Vital statistics of India. Vol. IV, Annual returns from 1871 to 1876. British Army of India, Native Army and jails of Bengal
Year: 1871
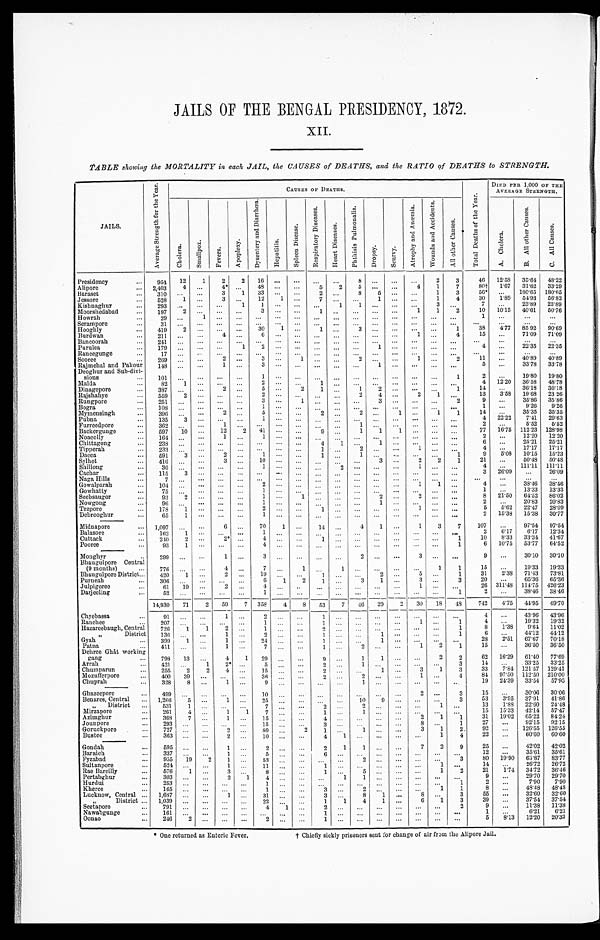
JAILS OF THE BENGAL PRESIDENCY, 1872.
XII.
TABLE showing the MORTALITY in each JAIL, the CAUSES of DEATHS, and the RATIO of DEATHS to STRENGTH.
JAILS.
A v e r a g e S t r e n g t h f o r t h e Y e a r .
CAUSES OF DEATHS.
T o t a l D e a t h s o f t h e y e a r .
DIED PER 1,000 OF THE
AVERAGE STRENGTH.
C h o l e r a .
S m a l l p o x .
F e v e r .
A p o p l e x y .
D y s e n t e r y a n d D i a r r h œ a .
H e p a t i t i s .
S p l e e n D i s e a s e .
R e s p i r a t o r y D i s e a s e s .
H e a r t D i s e a s e s .
P h t h i s i s P u l m o n a l i s .
D r o p s y .
S c u r v y .
A t r o p h y a n d A n æ m i a .
W o u n d s a n d A c c i d e n t s .
A l l o t h e r s C a u s e s .
A . C h o l e r a .
B . A l l O t h e r C a u s e s .
C . A l l C a u s e s .
Presidency . . .
954
12
1
2
2
1 6
. . .
. . . . . . . . .
8
. . .
. . .
. . . 2
3
46 12.58 35.64 48.22
Alipore . . .
2,403 4 . . .
4*
. . . 4 8
. . .
. . .
5
2
5
. . .
. . .
4
1
7
80† 1.67 31.62 33.29
Baraset . . .
310
. . .. . .
3
1
33
. . .
. . .
2 . . .
8
5
. . .
. . . 1
3
56*
. . . 180.65 180.65
Jessore . . .
528
1 . . .
3
. . .
12
1
. . .
7 . . .
. . . 1
. . .
. . . 1
4
30
1.89 54.93 56.82
Kishnaghur . . .
293 . . .
. . .
. . .
1
1
. . .
. . .
. . .
1
1
. . .
. . .
. . . 3
. . .
7
. . .
23.89 23.89
Moorshedabad . . .
197
2
. . .
. . .
. . .
3
. . .
. . .
1 . . .
. . .
. . .
. . .
1
1
2
10 10.15 40.61 50.76
Howrah . . .
29
. . . 1
. . .
. . .
. . .
. . .
. . .
. . .
. . .
. . .
. . . . . .
. . . . . .
. . .
1 . . .
. . .
. . .
Serampor . . .
31
. . . . . .
. . .
. . .
. . .
. . .
. . . . . . . . .
. . .
. . . . . .
. . .
. . .
. . .
. . .
. . .
. . .
. . .
Hooghly . . .
419
2 . . .
. . .
. . . 30
1
. . . 1
. . .
3
. . .
. . .
. . .
. . .
1
38
4 . 7 7 85 92 90.69
Burdwan . . .
211
. . . . . .
4
. . .
6
. . .
. . .
. . .
. . .
. . .
. . .
. . .
1
. . .
4
15
. . .
71.09 71.09
Bancoora . . .
2 4 1 . . . . . .
. . .
. . .
. . .
. . .
. . .
. . .
. . .
. . .
. . .
. . .
. . . . . .
. . .
. . .
. . .
. . .
. . .
Purulea . . .
1 7 9 . . . . . .
. . .
1
2
. . .
. . .
. . .
. . .
. . .
1
. . .
. . . . . .
. . .
4
. . .
22.35 22.35
Raneegunge . . .
17 . . . . . .
. . .
. . .
. . .
. . .
. . .
. . .
. . .
. . .
. . . . . .
. . . . . .
. . .
. . .
. . .
. . .
. . .
Sooree . . .
269 . . . . . .
2
. . .
3
. . . 1 . . .
. . .
2
. . .
. . .
1
. . .
2
11
. . .
40.89 40.89
Rajmehal and Pakour . . .
148
. . .
. . .
1
. . .
3
. . . . . .
. . .
. . .
. . .
1
. . .
. . . . . .
. . .
5 . . . 33.78 33.78
Deoghur and Sub-divi-
sion
1 0 1
. . . . . .
. . .
. . .
1
. . .
. . .
. . .
. . .
. . .
. . .
. . .
. . .
. . .
1
2
. . . 19.80 19.80
Malda . . .
8 2
1
. . .
. . .
. . .
2
. . .
. . .
1
. . .
. . .
. . .
. . .
. . . . . .
. . .
4 12.20 36.58 48.78
Dinagepore . . .
387
. . .
. . . 2
. . . 5
. . . 2
1
. . . 1
2
. . .
. . . . . . 1
14
. . .
36.18 36.18
Rajshahye . . .
559
2
. . .
. . .
. . .
2
. . .
. . .
. . .
. . . 2
4
. . . 2
1
. . .
13
3.58 19.68 23 26
Rungpore . . .
251
. . .
. . .
. . .
. . . 3
. . .
1
. . .
. . .
. . . 3
. . .
. . .
. . .
2
9
. . . 35.86 35.86
Bogr . . .
1 0 8
. . .
. . .
. . .
. . .
1
. . .
. . .
. . .
. . .
. . .
. . .
. . . . . .
. . .
. . .
1
. . .
9.26 9.26
Mymensingh . . .
396
. . .
. . .
2
. . . 5
. . .
. . .
2
. . .
2
. . . 1
. . . 1
1
14
. . .
35.35 35.35
Pubna . . .
135
3
. . .
. . .
. . . 1
. . .
. . .
. . .
. . .
. . .
. . . . . .
. . .
. . .
. . .
4 22.22
7.41 29.63
Furreedpore . . .
3 6 2
. . .
. . .
1
. . .
. . .
. . .
. . .
. . . . . .
1
. . .
. . .
. . . . . .
. . .
2
. . . 5.52
5.52
Backergunge . . .
597
10
. . .
12
2 41
. . .
. . .
9
. . .
1
. . .
. . .
. . . . . .. . .
77 16.75 112.23 128.98
Noacolly . . .
164
. . .
. . .
1
. . .
1
. . .
. . .
. . .
. . . . . .
. . .
. . .
. . .
. . . . . .
2
. . . 12.20 12.20
Chittagong . . .
238
. . .
. . .
. . .
. . .
. . .
. . .
. . .
4
1
. . .
1
. . .
. . .
. . .
. . .
6 . . . 25.21 25.21
Tipperah . . .
2 8 3
. . .
. . .
. . .
. . .
. . .
. . .
. . .
1
. . .
2
. . .
. . .
1 . . .. . .
4 . . . 17.17 17.17
Dacca . . .
591
3
. . .
2
. . . 1
. . .
. . .
1
. . .
1
. . .
. . .
. . . . . .
1
9
5.08 10.15 15.23
Sylhet . . .
416
. . .
. . .
3
. . . l0
. . .
. . .
. . .
. . .
. . . 3
. . .
2
2
1
21
. . . 50.48 50.48
Shillong . . .
36
. . .
. . .
. . . . . .
1
. . .
. . .
. . . 2
. . .
. . .
. . .
1
. . .
. . .
4
. . . 111.11 111.11
Cachar . . .
115
3
. . .
. . .
. . .
. . .
. . .
. . .
. . .
. . .
. . .
. . .
. . .
. . .
. . .
. . .
3
26. 09
. . . 26.09
Naga Hills . . .
7
. . .
. . .
. . .
. . .
. . .
. . .
. . .
. . . . . .
. . . . . .
. . .
. . .
. . .
. . .
. . .
. . .
. . .
. . .
Gowalparah . . .
1 0 4
. . .
. . .
. . .
. . .
2
. . .
. . .
. . .
. . .
. . .
. . .
. . .
1
1
. . .
4
. . . 38.46 38.46
Gowhatty . . .
7 5
. . .
. . .
. . .
. . . 1
. . .
. . .
. . .
. . . . . .
. . . . . .
. . . . . .
. . .
1
. . . 13.33 13.33
Seebsaugor . . .
93
2
. . .
. . .
. . .
1
. . . 1
. . .
. . .
. . .
2
. . .
2
. . .
. . .
8 21.50 64.52 86.02
Nowgong . . .
9 6
. . .
. . .
. . .
. . .
1
. . .
. . .
. . .
. . .
. . .
1 . . .
. . .
. . .
. . .
2
. . . 20.83 20.83
Tezpore . . .
178
1
. . .
. . .
. . . 2
. . .
. . . 1
. . .
. . . . . .
. . .
1
. . .
. . .
5
5.62 22.47 28.09
Debrooghur . . .
65
1
. . .
. . .
. . .
1
. . .
. . .
. . .
. . .
. . .
. . .
. . .
. . .
. . . . . .
2 15.38 15.33 30.77
Midnapore . . .
1,097
. . .
. . .
6
. . . 70
1
. . . 14
. . .
4
1
. . . 1
3
7
107
. . . 97.54 97.54
Balasore . . .
162
1
. . . . . .
. . .
1
. . .
. . .
. . .
. . .
. . .
. . .
. . .
. . .
. . .
. . .
2
6.17
6.17 12.34
Cuttack . . .
210
2
. . . 2*
. . .
4
. . .
. . .
1
. . .
. . .
. . .
. . .
. . .
. . .
1
10
8.33 33.34 41.67
Pooree . . .
93
1
. . .
. . .
. . .
4
. . .
. . . . . .
. . .
. . .
. . .
. . .
. . .
. . . 1
6 10.75 53.77 64.52
Moughyr . . .
2 9 9
. . .
. . . 1
. . .
3
. . .
. . . . . .
. . .
2
. . . . . .
3
. . .
. . .
9
. . . 30.10 30.10
Bhaugulpore Central
(9 months) . . .
776
. . .
. . . 4
. . . 7
. . .
1
. . .
1
. . .
. . .
. . . . . .
1
1
15
. . . 19.33 19.33
Bhaugulpore District . . .
420
1
. . .
2
. . . 19
. . .
. . . 1
. . . . . .
2
. . . 5
. . . 1
31
2.33 71.43 73.81
Purneah . . .
3 0 6
. . .
. . .
. . .
. . .
6
1
2
1
. . . 3
1
. . . 3
. . .
3
20
. . . 65.36 65.36
Julpigoree . . .
61
19
. . .
2
. . .
4
. . .
. . . . . .
. . . . . .
. . .
. . .
1
. . .
. . .
26 311.48 114.75 426.23
Darjeeling
52
. . .
. . . . . .
. . .
1
. . .
. . .
. . . . . .
. . .
. . .
. . .
. . .
. . .
1
2
. . . 38.46 38.46
14,930
71
2
59
7 358
4
8
53
7
46
29
2
30
18 48
742
4 . 7 5 44.95 49.70
Chyebassa . . .
9 1
. . .
. . . 1
. . .
2
. . .
. . .
1
. . .
. . .
. . .
. . .
. . .
. . .
. . .
4 . . .
43.96 43.96
Ranehee . . .
207
. . .
. . . . . .
. . .
1
. . .
. . .
1
. . .
. . .
. . .
. . . 1
. . .
1
4 . . .
19.32 19.32
Hazareebaugh, Central . . .
726
1
1
2
. . . 1
. . . . . .
2
. . .
. . .
. . .
. . .
. . .
. . . 1
8
1.38 9.64 11.02
" District . . . 136
. . .
. . .
1
. . .
2
. . .
. . .
1
. . .
. . .
1
. . .
. . .
. . . 1
6 . . .
44.12 44.12
Gyah . . .
399
1
. . .
1
. . .
2 4
. . .
. . . 1
. . .
. . .
1
. . .
. . .
. . .
. . .
28 2.51 67.67 70.18
Patna . . .
4 1 1
. . .
. . .
1
. . .
7
. . .
. . .
1
. . .
2
. . .
. . . 1
2
1
15
. . . 36.50 36.50
Dehree Ghat working
gang . . .
798 13
. . .
4
1 29
. . .
. . .
9
. . .
1
1
. . .
. . . 2
2
62 16.29 61.40 77.69
Arrah . . .
421
. . .
1
2* . . .
5
. . .
. . .
2
. . . 1
. . .
. . . . . .
. . .
3
14
. . . 33.25 33.25
Chumparun . . .
255
2
2
4
. . .
1 5
. . .
. . .
2
. . .
. . . 1
. . .
3
1
3
33
7.84 121.57 129.41
Mozutferpore . . .
400
39
. . .
. . .
. . .
36
. . .
. . .
2
. . .
2 . . .
. . .
1
. . .
4
84 97.50 112.50 210.00
Chuprah . . .
328
8
. . . 1
. . .
9
. . .
. . .
. . .
. . .
1
. . .
. . . . . .
. . .
. . .
19 24.39 33.54 57.93
Ghazeepore . . .
4 9 9
. . .
. . .
. . .
. . . 10
. . .
. . .
. . .
. . .
. . . . . .
. . .
2
. . . 3
15
. . . 30.06 30.06
Benares, Central . . . 1,266
5
. . . 1
. . .
2 5
. . .
. . .
. . .
. . . 10
9
. . .
. . .
. . . 3
53
3.95 37-91 41.86
" District . . .
531
1
. . .
. . .
. . .
7
. . .
. . .
2
. . .
2
. . .
. . .
. . . 1
. . .
13
1.88 22.60 24.48
Mirzapore . . .
261
4
. . .
1
1
7
. . .
. . .
1
. . .
1
. . .
. . .
. . .
. . .
. . .
15 15.33 42.14 57.47
Azimghur . . .
368
7
. . . 1
. . .
1 5
. . .
. . .
4
. . .
. . . . . .
. . .
2
1 1
31 19.02 65.22 84.24
Jounpore . . .
2 9 3
. . .
. . .
. . . . . .
15
. . .
. . .
3
. . .
. . . . . .
. . .
8
. . . 1
27
. . . 92.15 92.15
Goruckpore . . .
727
. . .
. . .
2
. . .
8 0
. . .
2
1
. . .
1 . . .
. . .
3
1
2
92
. . . 126.55 126.55
Bustee . . .
3 6 3
. . .
. . .
2
. . . 10
. . .
. . .
4
1
. . . . . .
. . . . . .
1
4
22
. . . 60.60 60.60
Gondah . . .
595
. . .
. . .
1
. . .
2
. . .
. . .
2
1
1
. . .
. . .
7
2
9
25
. . . 42.02 42.02
Baraieh . . .
337
. . .
. . .
1
. . .
5
. . . . . .
6
. . .
. . .
. . .
. . .
. . .
. . .
. . .
12
. . . 35.61 35.61
Fyzabad . . .
955
19
2
1
. . . 53
. . .
. . .
. . .
. . . 2
. . .
. . .
. . .
. . . 3
80 19.90 61.87 83.77
Sultanpore . . .
5 2 4
. . .
. . .
1
. . .
1 1
. . .
. . .
1
. . .
. . .
. . .
. . .
. . .
1
. . .
14
. . . 26.72 26.72
Rae Bareilly . . .
576
1
. . . 3
. . . 8
. . .
. . .
1
. . . 5
. . .
. . .
. . . 1
2
21
1.74 34.72 36.46
Pertabghur . . .
303
. . .
. . .
2
1
4
. . .
. . .
. . . 1
1
. . .
. . .
. . .
. . .
. . .
9 . . .
29.70 29.70
Hurdui . . .
253
. . .
. . .
. . .
. . .
1
. . .
. . .
. . .
. . .
. . .
. . .
. . .
. . . . . .
1
2 . . .
7.90
7.90
Kherce . . .
165
. . .
. . .
. . .
. . .
1
. . .
. . .
3
. . .
2
. . .
. . .
. . . 1
1
8 . . .
48.48 48.48
Lucknow, Central . . . 1,687
. . .
. . . 1
. . .
31
. . .
. . .
3
. . . 8
1
. . .
8
. . . 3
55
. . . 32.60 32.60
" District . . . 1,039
. . .
. . .
. . . . . .
2 2
. . .
. . .
1
1
4
1
. . . 6
1
3
39
. . . 37.54 37.54
Seetapore . . .
7 9 1
. . .
. . .
. . . . . .
4
1
. . .
2
. . .
. . .
. . . . . .
. . .
. . .
2
9
. . . 11.38 11.38
Nawabgunge . . .
161
. . .
. . .
. . .
. . .
. . .
. . .
. . .
1
. . .
. . .
. . .
. . .
. . .
. . . . . .
1
. . . 6.21
6.21
Oonao . . .
246
2
. . . . . .
. . .
2
. . .
. . .
1
. . .
. . .
. . .
. . .
. . .
. . .
. . .
5
8.13 12.20 20.33
* One returned as Enteric Fever,
† Chiefly sickly prisoners sent for change of air from the Alipore Jail.